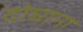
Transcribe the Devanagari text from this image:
दोघाना